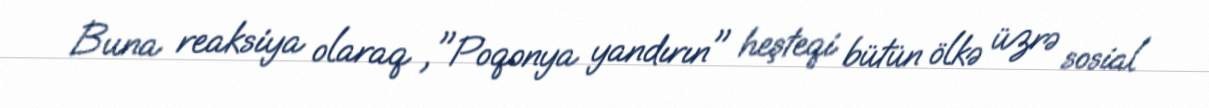
Buna reaksiya olaraq ,"Poqonya yandırın" heşteqi bütün ölkə üzrə sosial